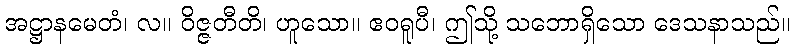
အဋ္ဌာနမေတံ၊ လ။ ဝိဇ္ဇတီတိ၊ ဟူသော။ ဧဝရူပီ၊ ဤသို့ သဘောရှိသော ဒေသနာသည်။